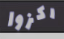
ركزوا